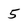
Character: 5